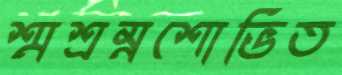
শ্মশ্রম্নশোভিত